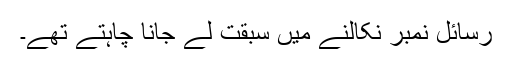
رسائل نمبر نکالنے میں سبقت لے جانا چاہتے تھے۔